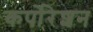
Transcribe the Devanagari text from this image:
कर्पोरेशन